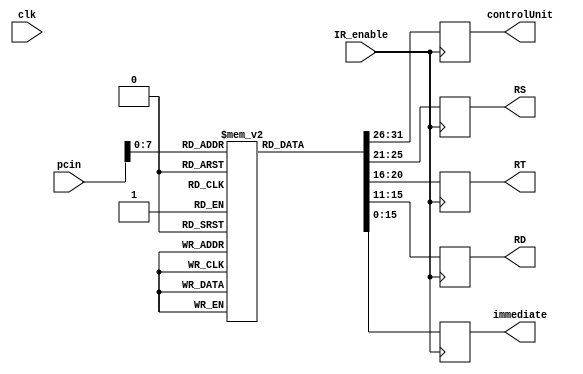

module instruction_register(clk, controlUnit, RS, RT, RD, immediate, IR_enable, pcin);


input  clk, IR_enable;
//input   [31:0] programCounter; //instruction to be read
output reg [5:0] controlUnit;
output reg [4:0] RS;
output reg [4:0] RT;
output reg [4:0] RD;
output reg [15:0] immediate;
integer pc =0;
 input [31:0] pcin;
reg [31:0] temp;
reg [31:0] internalMemory [0:140];
integer stop =0;
 
		
always @(posedge IR_enable) begin
		     temp = internalMemory[pcin];		   
		     controlUnit =  temp[31:26];			 
			 RS =  temp[25:21];
			 RT =  temp[20:16];
			 RD = temp[15:11];
			 immediate = temp[15:0];			
		    // $display("pc = %d" , pcin);			
	end

	
endmodule